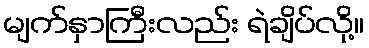
မျက်နှာကြီးလည်း ရဲချိပ်လို့။